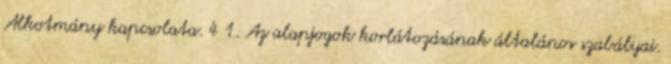
Alkotmány kapcsolata. 4 1. Az alapjogok korlátozásának általános szabályai.